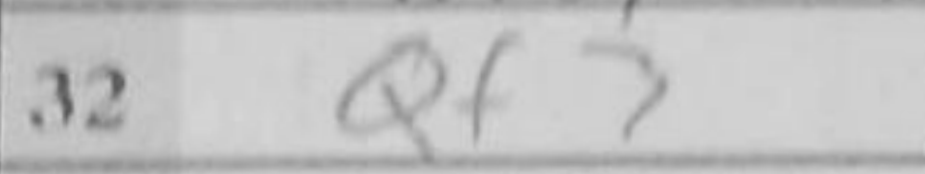
Transcription: Qf3